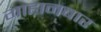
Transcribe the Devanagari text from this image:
गाहानबार